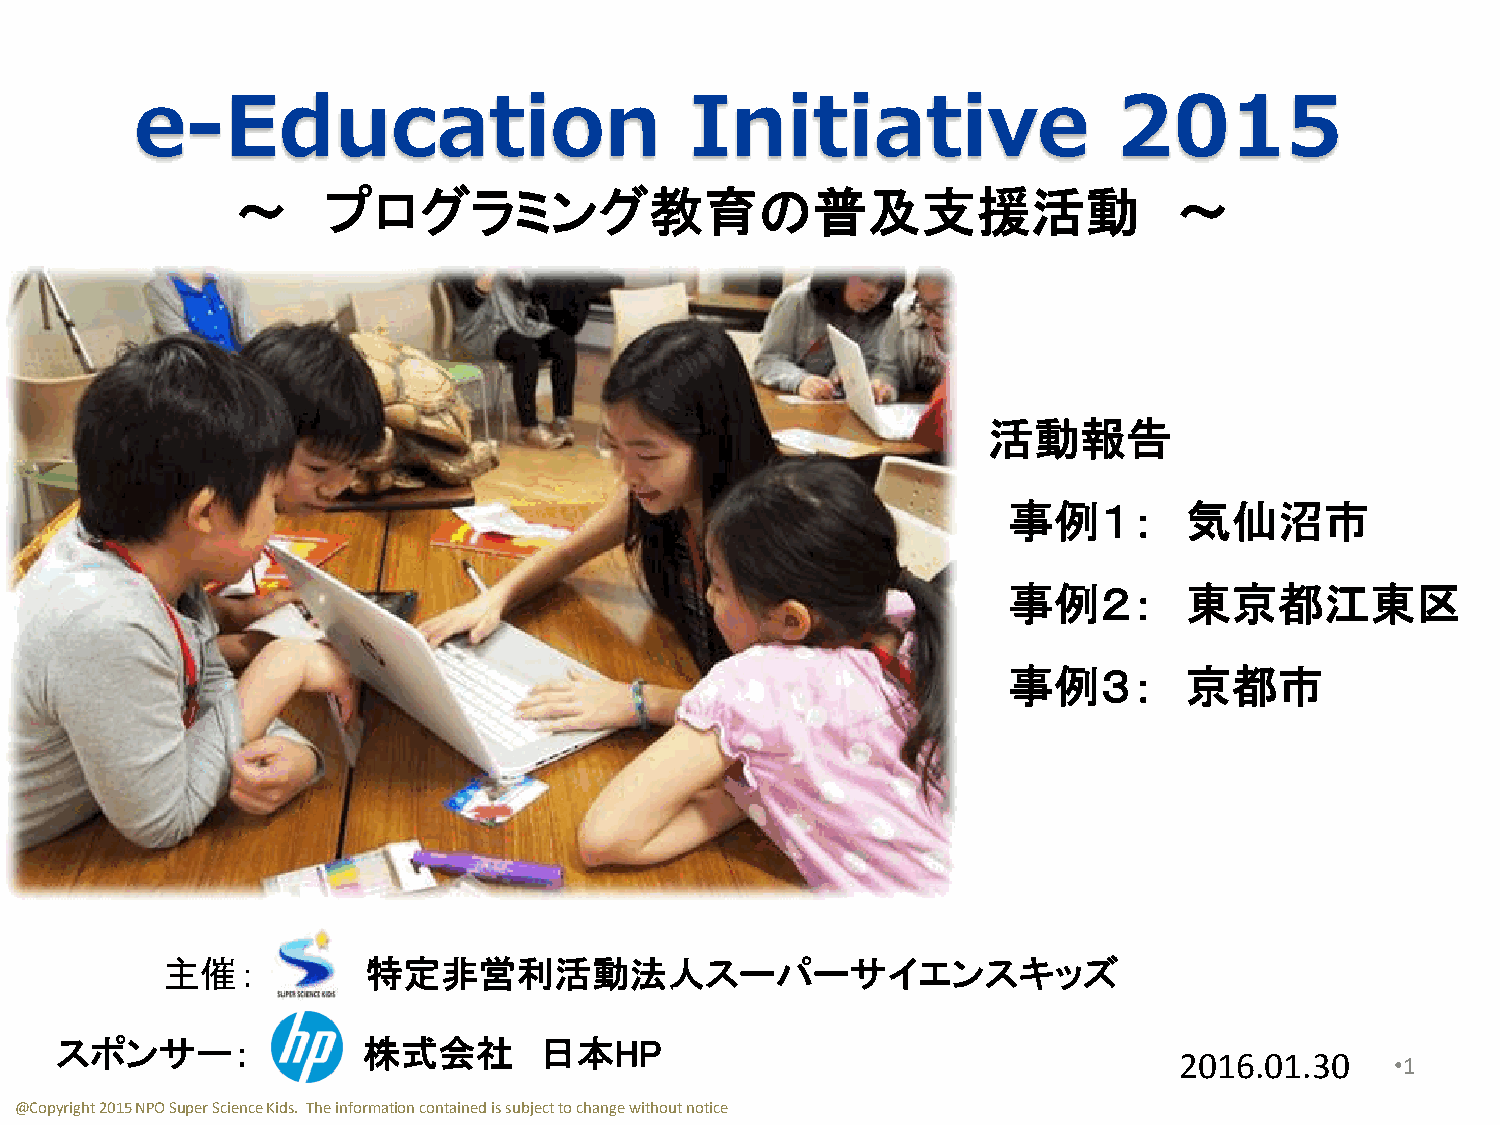
e-Education                          Initiative                  2015
 ～    プログラミング教育の普及支援活動                                         ～
 活動報告
 事例１：        気仙沼市
 事例２：        東京都江東区
 事例３：        京都市
 主催：          特定非営利活動法人スーパーサイエンスキッズ
 スポンサー：              株式会社        日本HP
 2016.01.30    •1
 @Copyright 2015 NPO Super Science Kids. The information contained is subject to change without notice